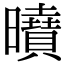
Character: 𭨍